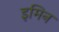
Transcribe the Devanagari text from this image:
इमिन